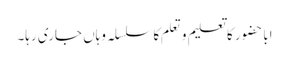
اباحضور کا تعلیم و تعلم کا سلسلہ وہاں جاری رہا۔